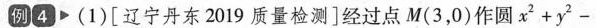
例④ (1) [辽宁丹东2019质量检测]经过点M(3，0)作圆 $$x ^ { 2 } + y ^ { 2 } -